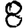
Digit: 8